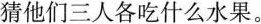
猜他们三人各吃什么水果。